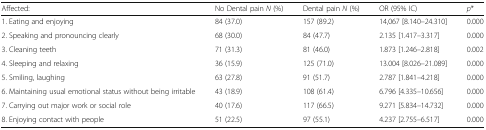
<table><thead><tr><td><b>Affected:</b></td><td><b>No Dental pain <i>N</i> (%)</b></td><td><b>Dental pain <i>N</i> (%)</b></td><td><b>OR (95% IC)</b></td><td><b><i>p</i>*</b></td></tr></thead><tbody><tr><td>1. Eating and enjoying</td><td>84 (37.0)</td><td>157 (89.2)</td><td>14,067 [8.140–24.310]</td><td>0.000</td></tr><tr><td>2. Speaking and pronouncing clearly</td><td>68 (30.0)</td><td>84 (47.7)</td><td>2.135 [1.417–3.317]</td><td>0.000</td></tr><tr><td>3. Cleaning teeth</td><td>71 (31.3)</td><td>81 (46.0)</td><td>1.873 [1.246–2.818]</td><td>0.002</td></tr><tr><td>4. Sleeping and relaxing</td><td>36 (15.9)</td><td>125 (71.0)</td><td>13.004 [8.026–21.089]</td><td>0.000</td></tr><tr><td>5. Smiling, laughing</td><td>63 (27.8)</td><td>91 (51.7)</td><td>2.787 [1.841–4.218]</td><td>0.000</td></tr><tr><td>6. Maintaining usual emotional status without being irritable</td><td>43 (18.9)</td><td>108 (61.4)</td><td>6.796 [4.335–10.656]</td><td>0.000</td></tr><tr><td>7. Carrying out major work or social role</td><td>40 (17.6)</td><td>117 (66.5)</td><td>9.271 [5.834–14.732]</td><td>0.000</td></tr><tr><td>8. Enjoying contact with people</td><td>51 (22.5)</td><td>97 (55.1)</td><td>4.237 [2.755–6.517]</td><td>0.000</td></tr></tbody></table>